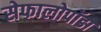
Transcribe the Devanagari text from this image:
सेफालोपॉडा